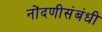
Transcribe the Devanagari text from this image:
नोंदणीसंबंधी